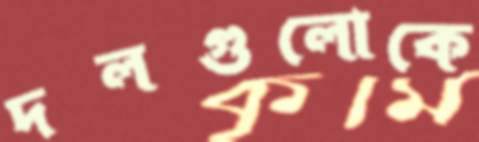
দলগুলোকে